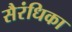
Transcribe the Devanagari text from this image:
सैरंधिका